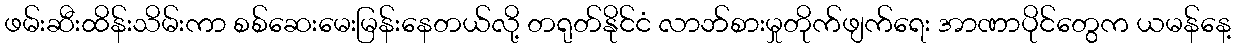
ဖမ်းဆီးထိန်းသိမ်းကာ စစ်ဆေးမေးမြန်းနေတယ်လို့ တရုတ်နိုင်ငံ လာဘ်စားမှုတိုက်ဖျက်ရေး အာဏာပိုင်တွေက ယမန်နေ့